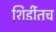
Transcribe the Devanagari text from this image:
शिर्डीतच